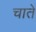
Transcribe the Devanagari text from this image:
चाते